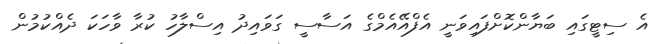
އެ ސިޓީގައި ބަޔާންކޮށްފައިވަނީ އެފްއޭއެމްގެ އަސާސީ ގަވައިދު އިސްލާހު ކުރާ ވާހަކަ ދެއްކުމުން